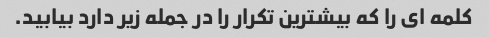
کلمه ای را که بیشترین تکرار را در جمله زیر دارد بیابید.